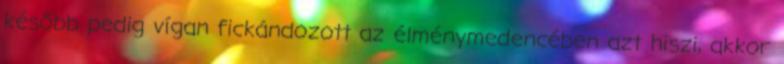
később pedig vígan fickándozott az élménymedencében azt hiszi, akkor